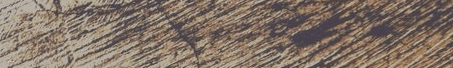
مطعم الكرم: أطباق البارتو